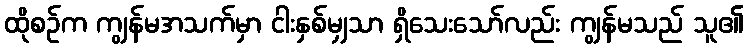
ထိုစဉ်က ကျွန်မအသက်မှာ ငါးနှစ်မျှသာ ရှိသေးသော်လည်း ကျွန်မသည် သူ၏